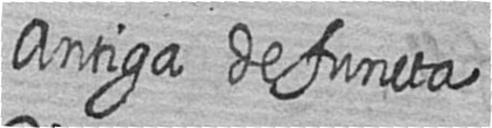
Antiga defuncta